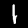
Label: 1